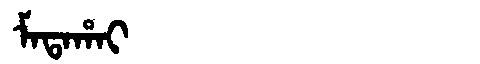
Manchu: ᠮᠠᡨᠠᡥᠠᡳ
Romanization: MATAHAI